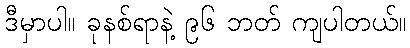
ဒီမှာပါ။ ခုနစ်ရာနဲ့ ၉၆ ဘတ် ကျပါတယ်။